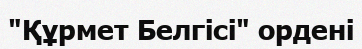
"Құрмет Белгісі" ордені